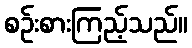
စဉ်းစားကြည့်သည်။